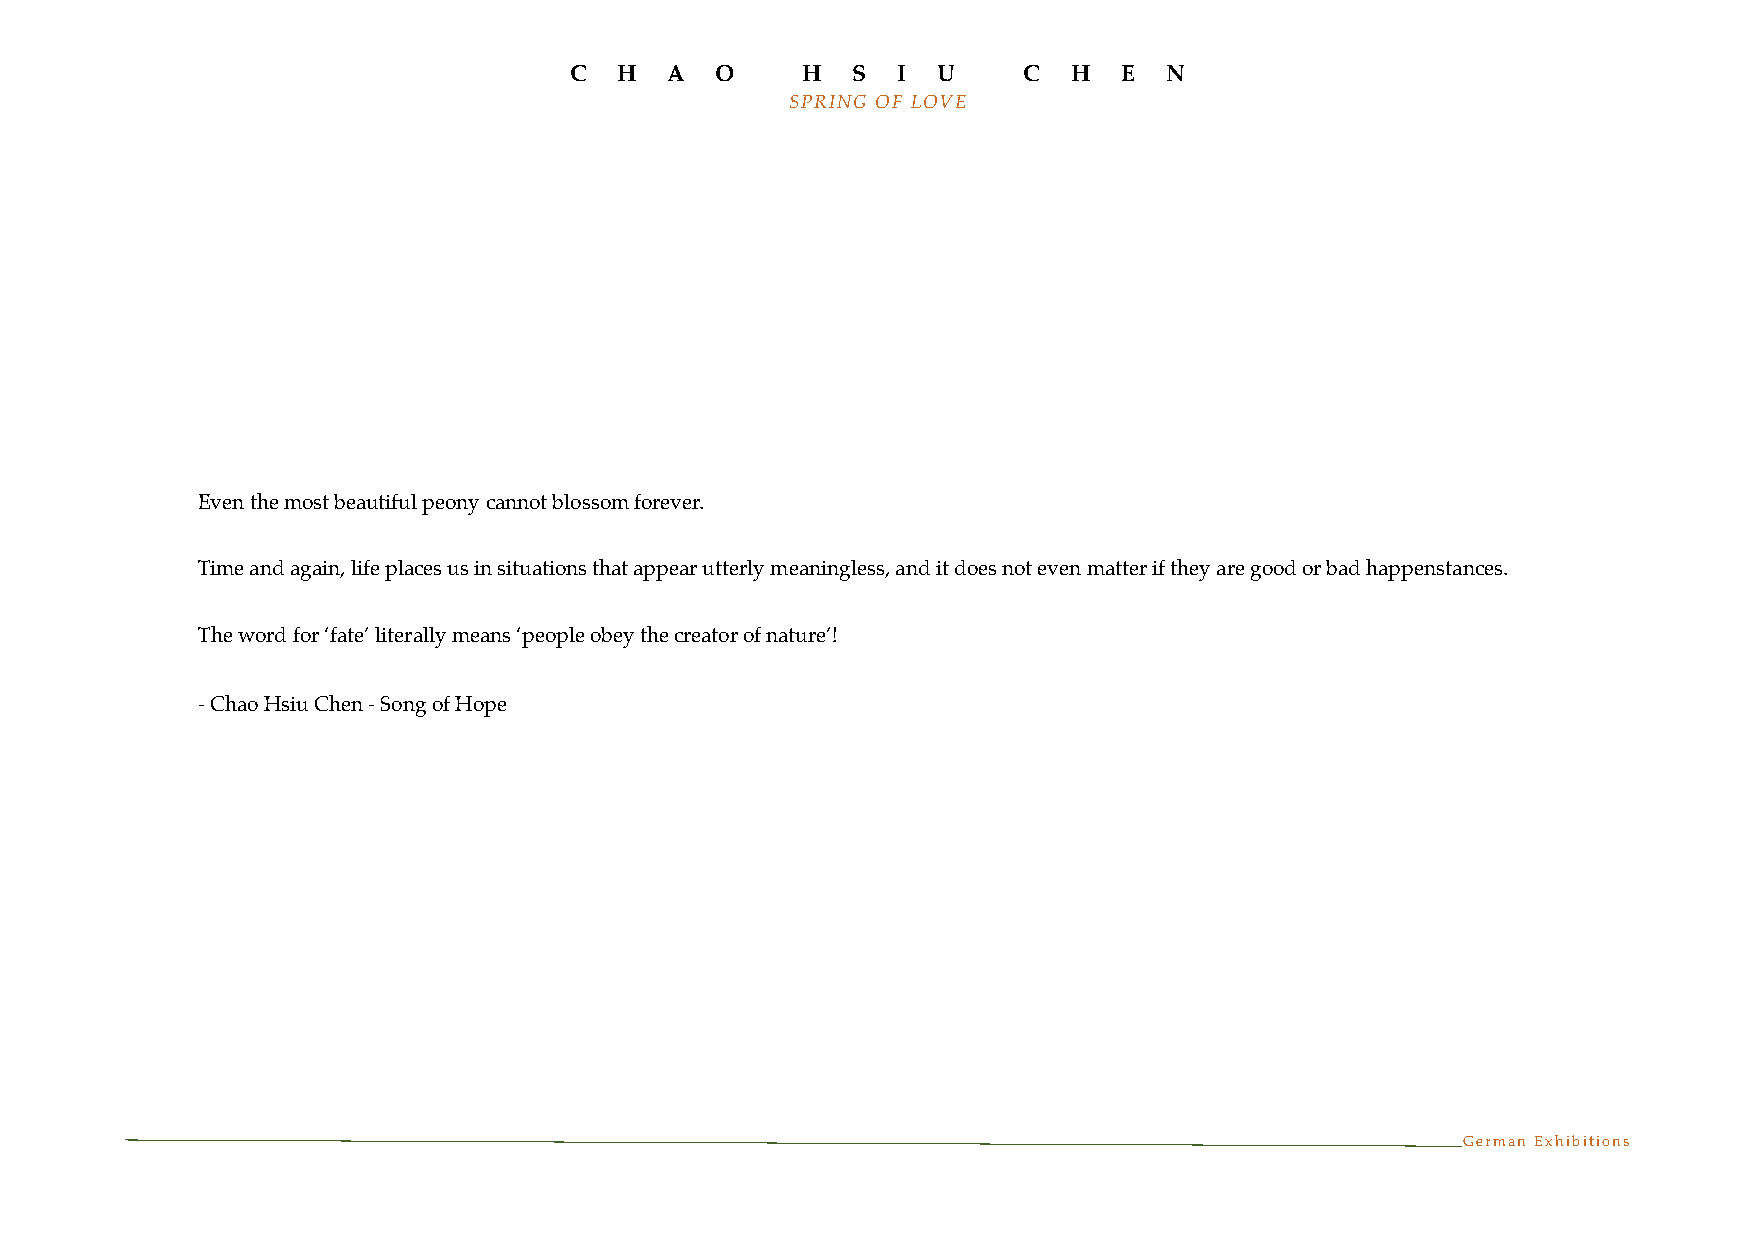
C  H  A  O     H  S  I  U     C  H  E  N
 SPRING OF LOVE
 Even the most beautiful peony cannot blossom forever.
 Time and again, life places us in situations that appear utterly meaningless, and it does not even matter if they are good or bad happenstances.
 The word for ‘fate’ literally means ‘people obey the creator of nature’!
 - Chao Hsiu Chen - Song of Hope
 German Exhibitions